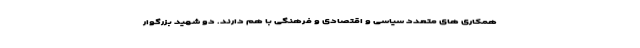
همکاری های متعدد سیاسی و اقتصادی و فرهنگی با هم دارند. دو شهید بزرگوار